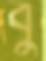
বু